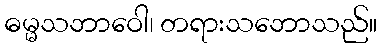
ဓမ္မသဘာဝေါ၊ တရားသဘောသည်။